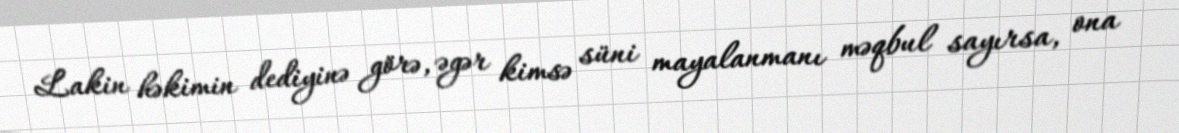
Lakin həkimin dediyinə görə, əgər kimsə süni mayalanmanı məqbul sayırsa, ona